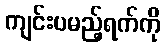
ကျင်းပမည့်ရက်ကို